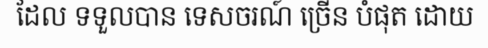
ដែល ទទួលបាន ទេសចរណ៍ ច្រើន បំផុត ដោយ